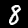
Label: 8